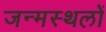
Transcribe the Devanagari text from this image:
जन्मस्थलों